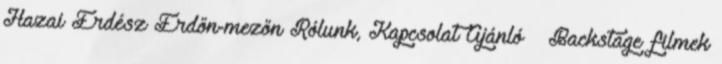
Hazai Erdész Erdőn-mezőn Rólunk, Kapcsolat Ajánló – Backstage filmek